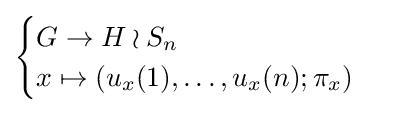
{\begin{cases}G\to H\wr S_{n}\\x\mapsto (u_{x}(1),\ldots ,u_{x}(n);\pi _{x})\end{cases}}